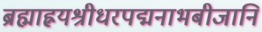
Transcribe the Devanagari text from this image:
ब्रह्माह्नयश्रीधरपद्मनाभबीजानि